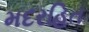
મદરહિત